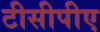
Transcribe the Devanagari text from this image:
टीसीपीए